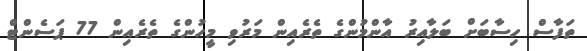
ތަފާސް ހިސާބަށް ބަލާއިރު އާންމުންގެ ތެރެއިން މަރުވި މީހުންގެ ތެރެއިން 77 ޕަސެންޓް